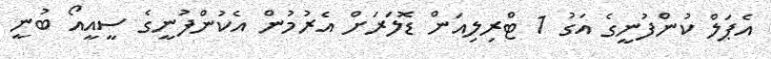
އެޕަލް ކުންފުނީގެ އަގު 1 ޓްރިލިއަން ޑޮލަރަށް އެރުމުން އެކުންފުނީގެ ސީއީއޯ ބުނީ